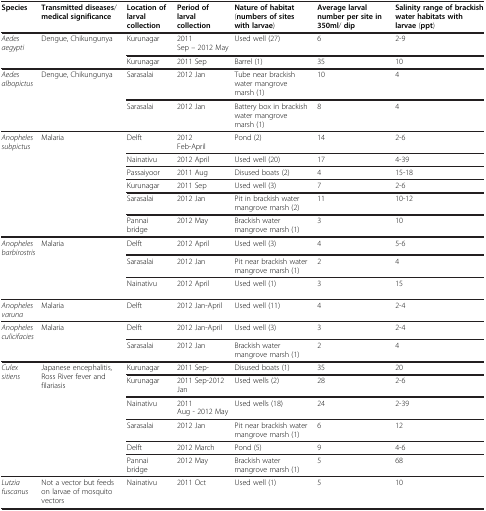
<table><thead><tr><td><b>Species</b></td><td><b>Transmitted diseases/medical significance</b></td><td><b>Location of larval collection</b></td><td><b>Period of larval collection</b></td><td><b>Nature of habitat (numbers of sites with larvae)</b></td><td><b>Average larval number per site in 350ml/ dip</b></td><td><b>Salinity range of brackish water habitats with larvae (ppt)</b></td></tr></thead><tbody><tr><td><i>Aedes aegypti</i></td><td>Dengue, Chikungunya</td><td>Kurunagar</td><td>2011 Sep – 2012 May</td><td>Used well (27)</td><td>6</td><td>2-9</td></tr><tr><td> </td><td> </td><td>Kurunagar</td><td>2011 Sep</td><td>Barrel (1)</td><td>35</td><td>10</td></tr><tr><td><i>Aedes albopictus</i></td><td>Dengue, Chikungunya</td><td>Sarasalai</td><td>2012 Jan</td><td>Tube near brackish water mangrove marsh (1)</td><td>10</td><td>4</td></tr><tr><td> </td><td> </td><td>Sarasalai</td><td>2012 Jan</td><td>Battery box in brackish water mangrove marsh (1)</td><td>8</td><td>4</td></tr><tr><td rowspan="6"><i>Anopheles subpictus</i></td><td rowspan="6">Malaria</td><td>Delft</td><td>2012 Feb-April</td><td>Pond (2)</td><td>14</td><td>2-6</td></tr><tr><td>Nainativu</td><td>2012 April</td><td>Used well (20)</td><td>17</td><td>4-39</td></tr><tr><td>Passaiyoor</td><td>2011 Aug</td><td>Disused boats (2)</td><td>4</td><td>15-18</td></tr><tr><td>Kurunagar</td><td>2011 Sep</td><td>Used well (3)</td><td>7</td><td>2-6</td></tr><tr><td>Sarasalai</td><td>2012 Jan</td><td>Pit in brackish water mangrove marsh (2)</td><td>11</td><td>10-12</td></tr><tr><td>Pannai bridge</td><td>2012 May</td><td>Brackish water mangrove marsh (1)</td><td>3</td><td>10</td></tr><tr><td><i>Anopheles barbirostris</i></td><td rowspan="2">Malaria</td><td>Delft</td><td>2012 April</td><td>Used well (3)</td><td>4</td><td>5-6</td></tr><tr><td> </td><td>Sarasalai</td><td>2012 Jan</td><td>Pit near brackish water mangrove marsh (1)</td><td>2</td><td>4</td></tr><tr><td> </td><td> </td><td>Nainativu</td><td>2012 April</td><td>Used well (1)</td><td>3</td><td>15</td></tr><tr><td><i>Anopheles varuna</i></td><td>Malaria</td><td>Delft</td><td>2012 Jan-April</td><td>Used well (11)</td><td>4</td><td>2-4</td></tr><tr><td><i>Anopheles culicifacies</i></td><td>Malaria</td><td>Delft</td><td>2012 Jan-April</td><td>Used well (3)</td><td>3</td><td>2-4</td></tr><tr><td> </td><td> </td><td>Sarasalai</td><td>2012 Jan</td><td>Brackish water mangrove marsh (1)</td><td>2</td><td>4</td></tr><tr><td rowspan="6"><i>Culex sitiens</i></td><td rowspan="6">Japanese encephalitis, Ross River fever and filariasis</td><td>Kurunagar</td><td>2011 Sep-</td><td>Disused boats (1)</td><td>35</td><td>20</td></tr><tr><td>Kurunagar</td><td>2011 Sep-2012 Jan</td><td>Used wells (2)</td><td>28</td><td>2-6</td></tr><tr><td>Nainativu</td><td>2011 Aug - 2012 May</td><td>Used wells (18)</td><td>24</td><td>2-39</td></tr><tr><td>Sarasalai</td><td>2012 Jan</td><td>Pit near brackish water mangrove marsh (1)</td><td>6</td><td>12</td></tr><tr><td>Delft</td><td>2012 March</td><td>Pond (5)</td><td>9</td><td>4-6</td></tr><tr><td>Pannai bridge</td><td>2012 May</td><td>Brackish water mangrove marsh (1)</td><td>5</td><td>68</td></tr><tr><td><i>Lutzia fuscanus</i></td><td>Not a vector but feeds on larvae of mosquito vectors</td><td>Nainativu</td><td>2011 Oct</td><td>Used well (1)</td><td>5</td><td>10</td></tr></tbody></table>